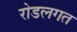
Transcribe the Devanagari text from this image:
रोडलगत